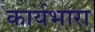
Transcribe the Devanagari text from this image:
कार्यभारा